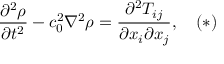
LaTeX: { \frac { \partial ^ { 2 } \rho } { \partial t ^ { 2 } } } - c _ { 0 } ^ { 2 } \nabla ^ { 2 } \rho = { \frac { \partial ^ { 2 } T _ { i j } } { \partial x _ { i } \partial x _ { j } } } , \quad ( * )